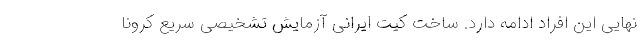
نهایی این افراد ادامه دارد. ساخت کیت ایرانی آزمایش تشخیصی سریع کرونا